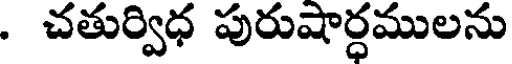
. చతుర్విధ పురుషార్ధములను